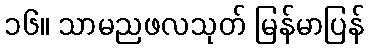
၁၆။ သာမညဖလသုတ် မြန်မာပြန်